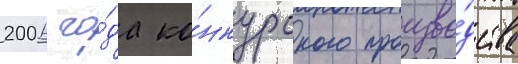
2006 го́да ко́нкурсного произво́дства